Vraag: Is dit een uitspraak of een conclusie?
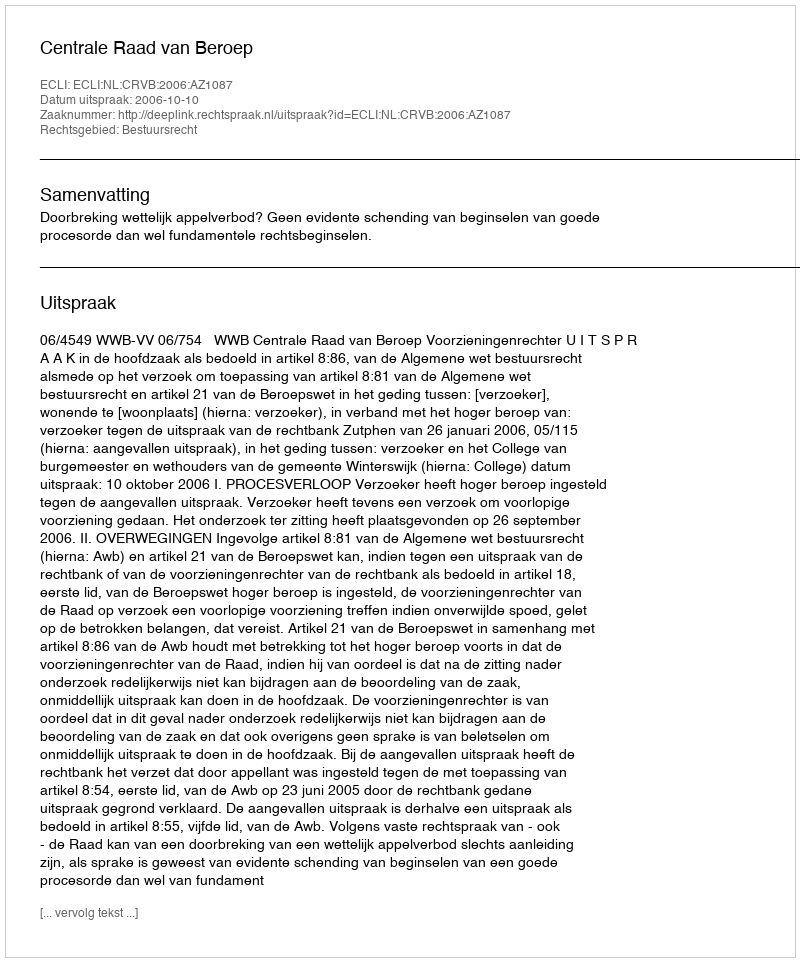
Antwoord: Uitspraak